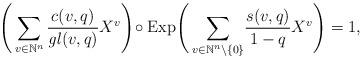
LaTeX: \begin{align*}\Bigg(\sum_{v\in\mathbb{N}^n} \frac { c(v,q) } {\mathit{gl}(v,q) } X^v\Bigg) \!\circ \mathrm{Exp} \Bigg(\sum_{v\in\mathbb{N}^n\backslash\{0\}} \!\frac{s(v,q)}{1-q} X^v\Bigg) = 1,\\\end{align*}